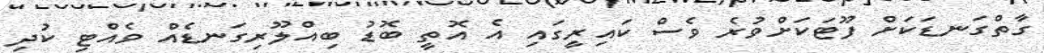
ގާތްގަނޑަކަށް ފޫޓަކަށްވުރެ ވެސް ކައިރީގައި އެ އޮތީ ބޮޑު ބިއްލޫރިގަނޑެއް ވެއްޓި ކުދި